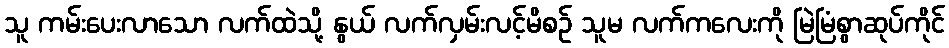
သူ ကမ်းပေးလာသော လက်ထဲသို့ နွယ် လက်လှမ်းလင့်မိစဉ် သူမ လက်ကလေးကို မြဲမြံစွာဆုပ်ကိုင်